Leaving Certificate Examination (including Day School Certificate (Higher) General paper), 1931
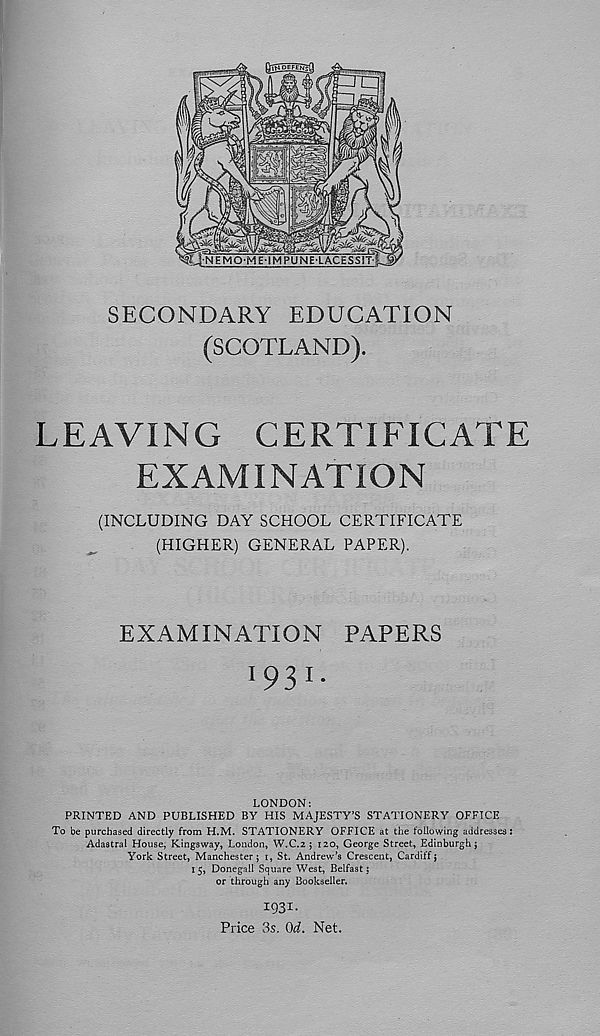
SECONDARY EDUCATION
(SCOTLAND).
LEAVING CERTIFICATE
EXAMINATION
(INCLUDING DAY SCHOOL CERTIFICATE
(HIGHER) GENERAL PAPER).
EXAMINATION PAPERS
LONDON:
PRINTED AND PUBLISHED BY HIS MAJESTY’S STATIONERY OFFICE
To be purchased directly from H.M. STATIONERY OFFICE at the following addresses:
Adastral House, Kingsway, London, W.C.2 ; 120, George Street, Edinburgh j
York Street, Manchester; 1, St. Andrew’s Crescent, Cardiff;
15, Donegail Square West, Belfast:
or through any Bookseller.
1931-
Price -3s. Od. Net.